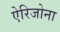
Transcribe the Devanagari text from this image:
ऐरिजोना